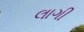
લાગી